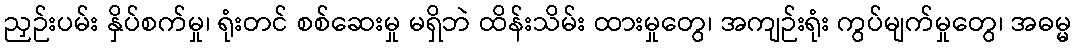
ညှဉ်းပမ်း နှိပ်စက်မှု၊ ရုံးတင် စစ်ဆေးမှု မရှိဘဲ ထိန်းသိမ်း ထားမှုတွေ၊ အကျဉ်းရုံး ကွပ်မျက်မှုတွေ၊ အဓမ္မ